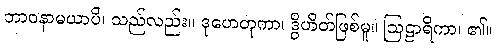
ဘာဝနာမယာပိ၊ သည်လည်း။ ဒုဟေတုကာ၊ ဒွိဟိတ်ဖြစ်မူ။ ဩဠာရိကာ၊ ၏။